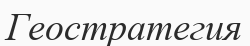
Геостратегия